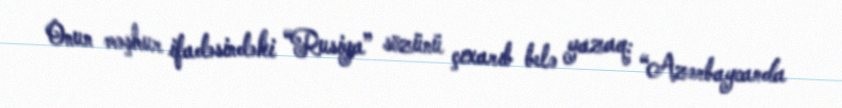
Onun məşhur ifadəsindəki “Rusiya” sözünü çıxarıb belə yazaq: “Azərbaycanda